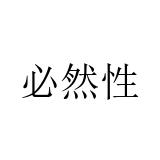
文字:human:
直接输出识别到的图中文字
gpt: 必然性